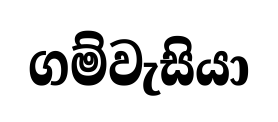
ගම්වැසියා